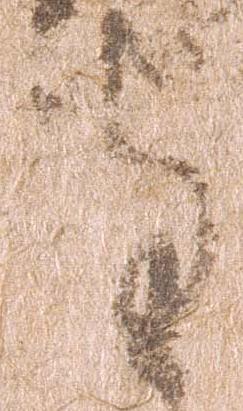
守